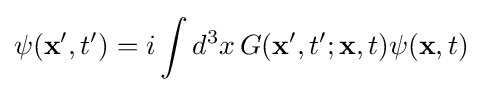
\psi (\mathbf {x} ',t')=i\int d^{3}x\,G(\mathbf {x} ',t';\mathbf {x} ,t)\psi (\mathbf {x} ,t)